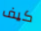
كيف